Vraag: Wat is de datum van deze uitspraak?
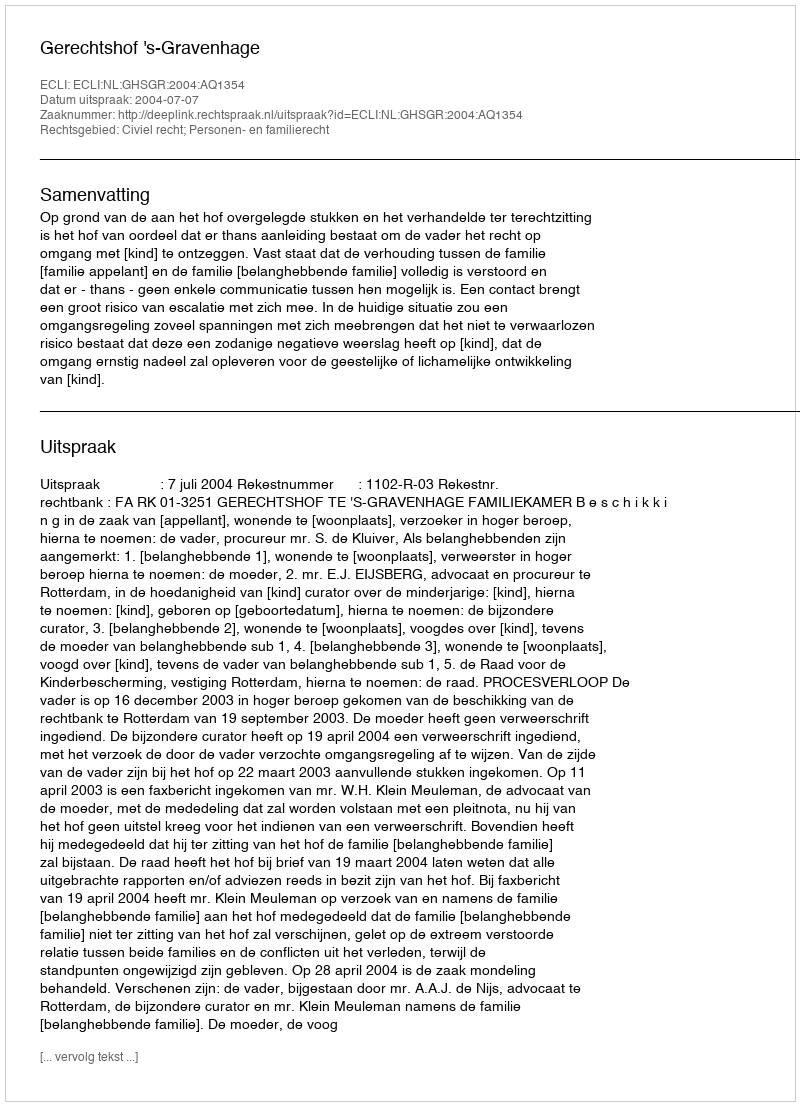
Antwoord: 2004-07-07